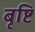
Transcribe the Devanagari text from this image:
बृष्टि